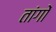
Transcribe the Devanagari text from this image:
तांगों